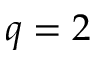
q = 2